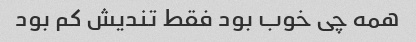
همه چی خوب بود فقط تندیش کم بود